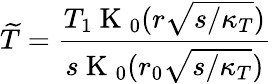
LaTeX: \widetilde{T}=\frac{T_{1}\mathrm{~K~}_{0}(r\sqrt{s/\kappa_{T}})}{s\mathrm{~K~}_{0}(r_{0}\sqrt{s/\kappa_{T}})}